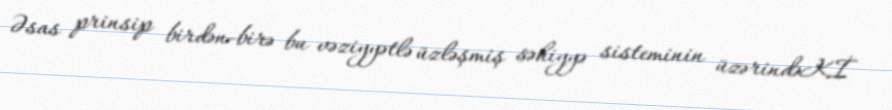
Əsas prinsip birdən-birə bu vəziyyətlə üzləşmiş səhiyyə sisteminin üzərindəKİ